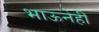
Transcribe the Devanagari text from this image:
भाऊनेही